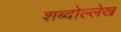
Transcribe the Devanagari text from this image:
शब्दोल्लेख